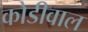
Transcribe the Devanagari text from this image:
कोडीवाल